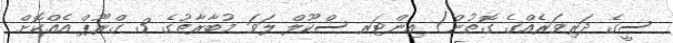
ސީގެ ދަރިވަރެއްގެ ގޮތުން) އިންޓަރ ސްކޫލް ލަވަ މުބާރާތުގެ 3 ގްރޫޕް އެއްކޮށް